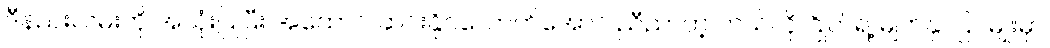
ဒီနည်းလမ်းကို အသုံးပြုပြီး အထောင် ဆင်းနိုင်လောက်အောင် ညီညာတဲ့ ဘယ်လို ဂြိုဟ်ရဲ့ မျက်နှာပြင်မျိုးမှာ